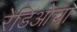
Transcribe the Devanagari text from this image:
रेडिओचा